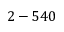
2 - 5 4 0